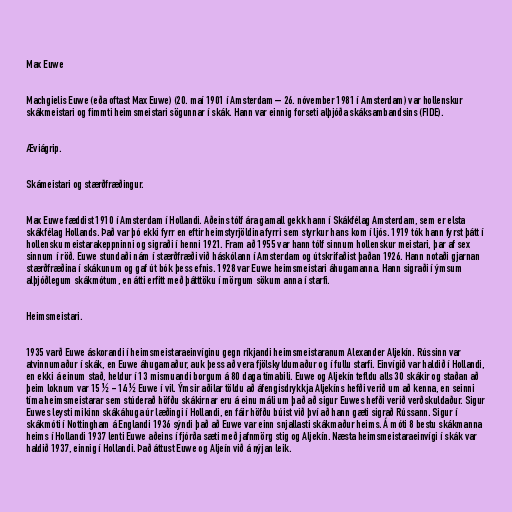
Max Euwe

Machgielis Euwe (eða oftast Max Euwe) (20. maí 1901 í Amsterdam – 26. nóvember 1981 í Amsterdam) var hollenskur
skákmeistari og fimmti heimsmeistari sögunnar í skák. Hann var einnig forseti alþjóða skáksambandsins (FIDE).

Æviágrip.

Skámeistari og stærðfræðingur.

Max Euwe fæddist 1910 í Amsterdam í Hollandi. Aðeins tólf ára gamall gekk hann í Skákfélag Amsterdam, sem er elsta
skákfélag Hollands. Það var þó ekki fyrr en eftir heimstyrjöldina fyrri sem styrkur hans kom í ljós. 1919 tók hann fyrst þátt í
hollensku meistarakeppninni og sigraði í henni 1921. Fram að 1955 var hann tólf sinnum hollenskur meistari, þar af sex
sinnum í röð. Euwe stundaði nám í stærðfræði við háskólann í Amsterdam og útskrifaðist þaðan 1926. Hann notaði gjarnan
stærðfræðina í skákunum og gaf út bók þess efnis. 1928 var Euwe heimsmeistari áhugamanna. Hann sigraði í ýmsum
alþjóðlegum skákmótum, en átti erfitt með þátttöku í mörgum sökum anna í starfi.

Heimsmeistari.

1935 varð Euwe áskorandi í heimsmeistaraeinvíginu gegn ríkjandi heimsmeistaranum Alexander Aljekín. Rússinn var
atvinnumaður í skák, en Euwe áhugamaður, auk þess að vera fjölskyldumaður og í fullu starfi. Einvígið var haldið í Hollandi,
en ekki á einum stað, heldur í 13 mismuandi borgum á 80 daga tímabili. Euwe og Aljekín tefldu alls 30 skákir og staðan að
þeim loknum var 15 ½ - 14 ½ Euwe í vil. Ýmsir aðilar töldu að áfengisdrykkja Aljekíns hefði verið um að kenna, en seinni
tíma heimsmeistarar sem stúderað höfðu skákirnar eru á einu máli um það að sigur Euwes hefði verið verðskuldaður. Sigur
Euwes leysti mikinn skákáhuga úr læðingi í Hollandi, en fáir höfðu búist við því að hann gæti sigrað Rússann. Sigur í
skákmóti í Nottingham á Englandi 1936 sýndi það að Euwe var einn snjallasti skákmaður heims. Á móti 8 bestu skákmanna
heims í Hollandi 1937 lenti Euwe aðeins í fjórða sæti með jafnmörg stig og Aljekín. Næsta heimsmeistaraeinvígi í skák var
haldið 1937, einnig í Hollandi. Það áttust Euwe og Aljeín við á nýjan leik.